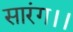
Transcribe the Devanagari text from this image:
सारंग।।